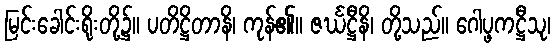
မြင်းခေါင်းရိုးတို့၌။ ပတိဋ္ဌိတာနိ၊ ကုန်၏။ ဇင်္ဃဋ္ဌီနိ၊ တို့သည်။ ဂေါပ္ဖကဋ္ဌီသု၊